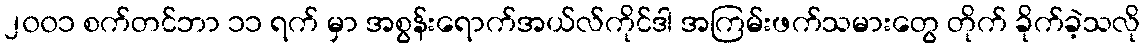
၂၀၀၁ စက်တင်ဘာ ၁၁ ရက် မှာ အစွန်းရောက်အယ်လ်ကိုင်ဒါ အကြမ်းဖက်သမားတွေ တိုက် ခိုက်ခဲ့သလို